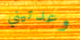
وعدتيني